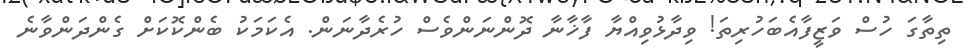
ތިތާގަ ހުސް ވަޒީފާއެބަހުރިތަ! ވިދާޅުވިއްޔާ ފާޚާނާ ދޮންނަންވެސް ހުރެދާނަން. އެކަމަކު ބެންކޮކަށް ގެންދަންވާނެ